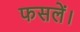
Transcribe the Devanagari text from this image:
फसलें।